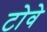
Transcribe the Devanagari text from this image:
टोवे